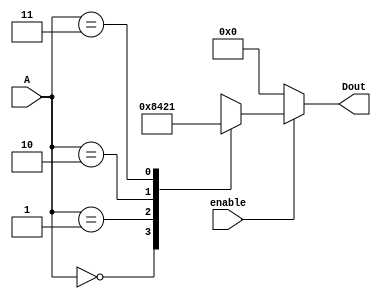
module Lab2_decoder_2x4 (output reg[3:0] Dout, input [1:0] A, input enable);
	
	always @(A,enable)
	begin
	if(enable==0)
		 Dout=0;
	else
		case(A)	
			2'b00: Dout=4'b1000;
			2'b01: Dout=4'b0100;
			2'b10: Dout=4'b0010;
			2'b11: Dout=4'b0001;
		endcase
	end
endmodule